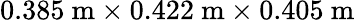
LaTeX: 0.385\ \mathrm{m}\times 0.422\ \mathrm{m}\times 0.405\ \mathrm{m}